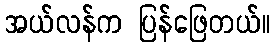
အယ်လန်က ပြန်ဖြေတယ်။